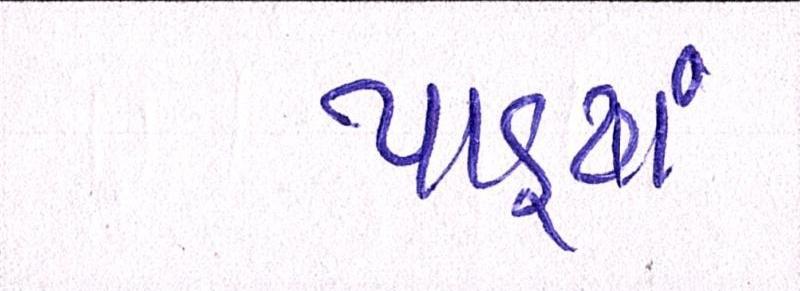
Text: પાડ્યાં